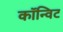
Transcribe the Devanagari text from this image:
कॉन्विट